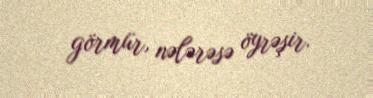
görmür, nələrəsə öyrəşir.